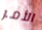
الأمر